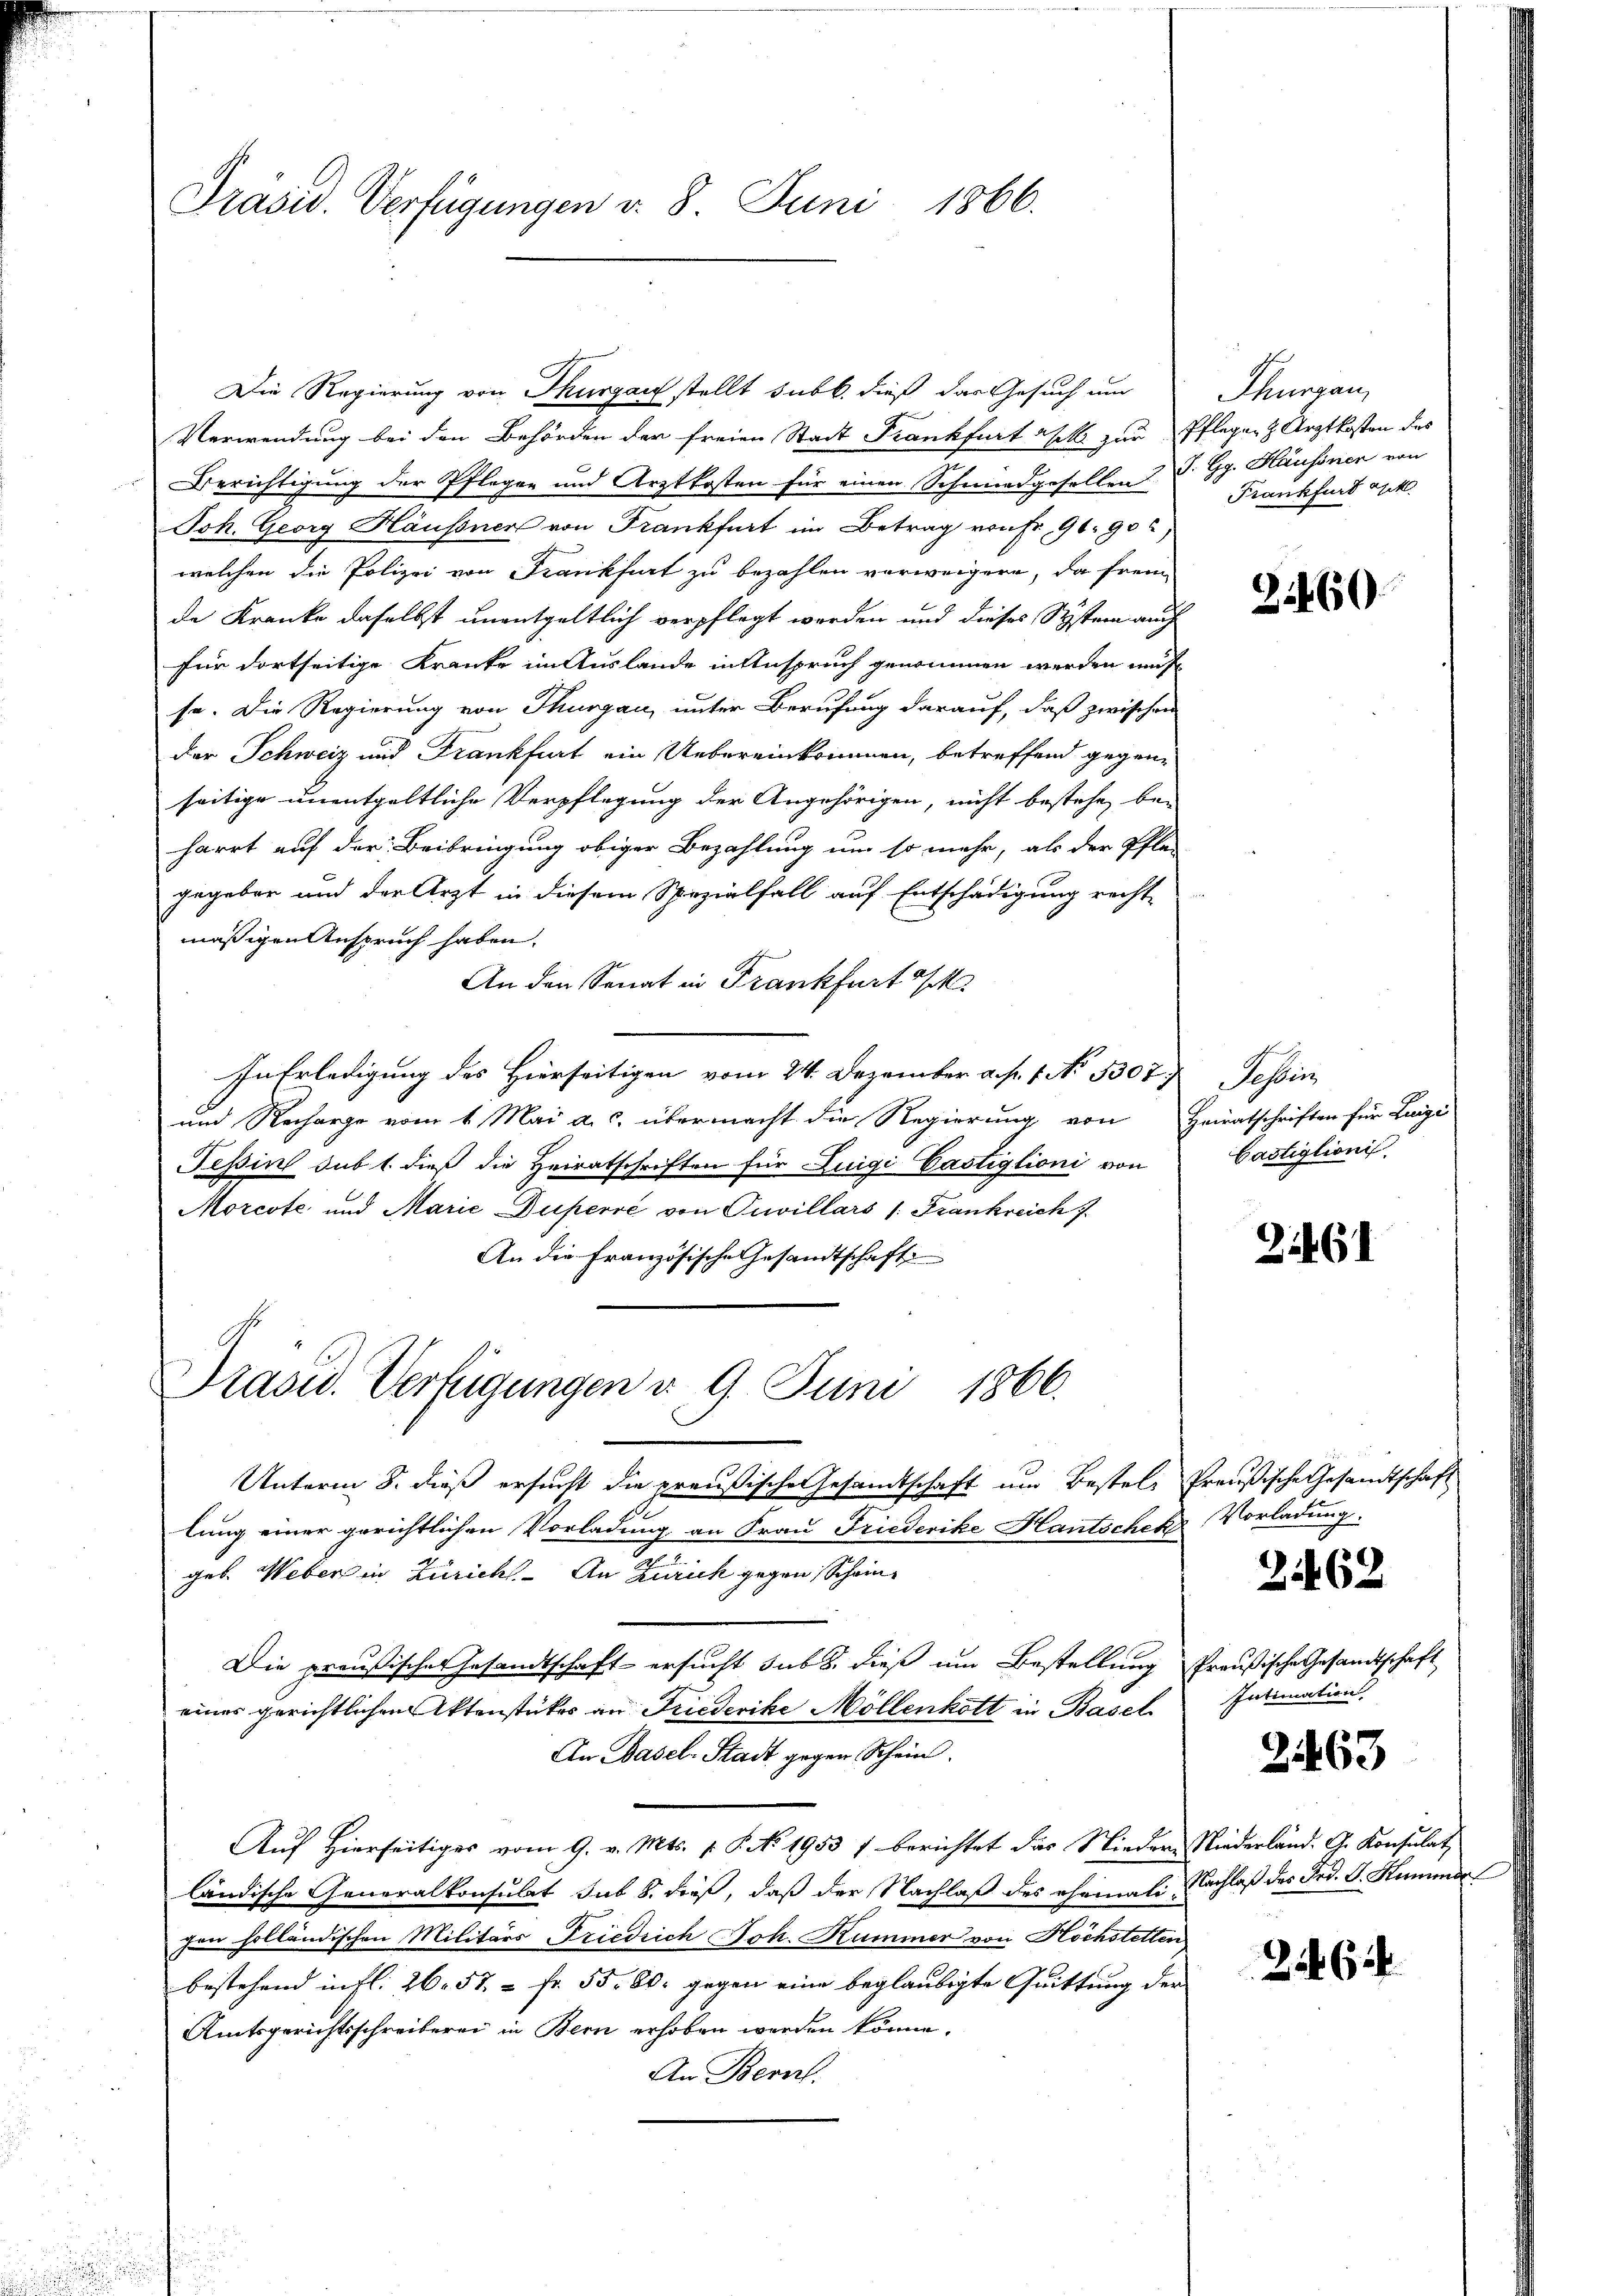
Präsid. Verfügungen v. 8. Juni 1866.

Berichtigung der Pflegen und Arztkosten für einen Schmiedgesellen S. Gg. Hausonen von
Joh. Georg Häussner von Frankfurt im Betrag von Fr. 96. 90
welchen die Polizei von Frankfurt zu bezahlen verweigere, da frem
de Kranke daselbst unentgeltlich verpflegt worden und dieses Systern auch
für dortseitige Kranke im Auslande in Anspruch genommen werden müßt
se. Die Regierung von Thurgau, unter Berufung darauf, daß zwischen
der Schweiz und Frankfurt ein Uebereinkommen, betreffend gegen-
seitige unentgeltliche Verpflegung der Angehörigen, nicht bestehe, be-
harrt auf der Beibringung obiger Bezahlung um so mehr, als der Pfla-
gegeben und der Arzt in diesem Spezialfall auf Entschädigung recht
mäßigen Anspruch haben.
An den Senat in Frankfurt d
In Erledigung des Hierseitigen vom 24. Dezember a. p. 1. No 3307. Tessin,
und Recharge vom 1. Mai a.c. übermacht die Regierung von Heiratschriften für Luigi
Tessin sub 1. dieß die Heiratschriften für Luigi Castiglioni von
Morcote und Marie Duperie von Cuvillars /: Frankreich 7.
An die Französische Gesandtschaft
Präsid. Verfügungen v. 9. Juni 1866.
Unterm 8. dieß ersucht die preußische Gesandtschaft um Bestele Preußische Gesandtschaft
lung einer gerichtlichen Vorladung an Frau Friederike Hautschek, Vorladung.
geb. Weber in Zürich. An Zürich gegen Schein¬
Die preußischen Gesandtschaft - ersucht sub 8. dieß um Bestellung Preußische Gesandtschaft
eines gerichtlichen Aktenstücker an Friederike Möllenkott in Basel
An Basel-Stadt gegen Schein.
Auf Hierseitiges vom 9. v. Mts. v. P. No. 1953 / berichtet das Nieder Niederländ. G. Konsulat
ländische Generalkonsulat sub 8. dieß, daß der Nachlaß des ehemali Nachlaß des Frd. B. Stimmert
chen holländischen Militärs Friedrich Joh. Kummer von Höchstetten
bestehend in fl. 26. 57. - Fr. 55. 60. gegen eine beglaubigte Quittung der
Amtsgerichtsschreiberei in Bern erhoben werden könne.
An Bern.

Die Regierung von Thurgau stellt subb. dieß das Gesuch um
Verwendung bei den Behörden der freien Stadt Frankfurt sek. zur Pflegen Arztkosten des

Thurgau,
Frankfurt gek

2460

bastiglionis.

3461

2462

Intimation,

2463

22464.